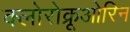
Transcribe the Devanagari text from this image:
क्लोरोक्रूओरिन